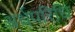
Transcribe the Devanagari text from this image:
अर्धपरिधि